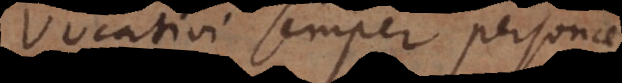
Vocativi semper personae